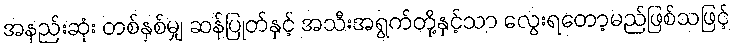
အနည်းဆုံး တစ်နှစ်မျှ ဆန်ပြုတ်နှင့် အသီးအရွက်တို့နှင့်သာ လွေးရတော့မည်ဖြစ်သဖြင့်